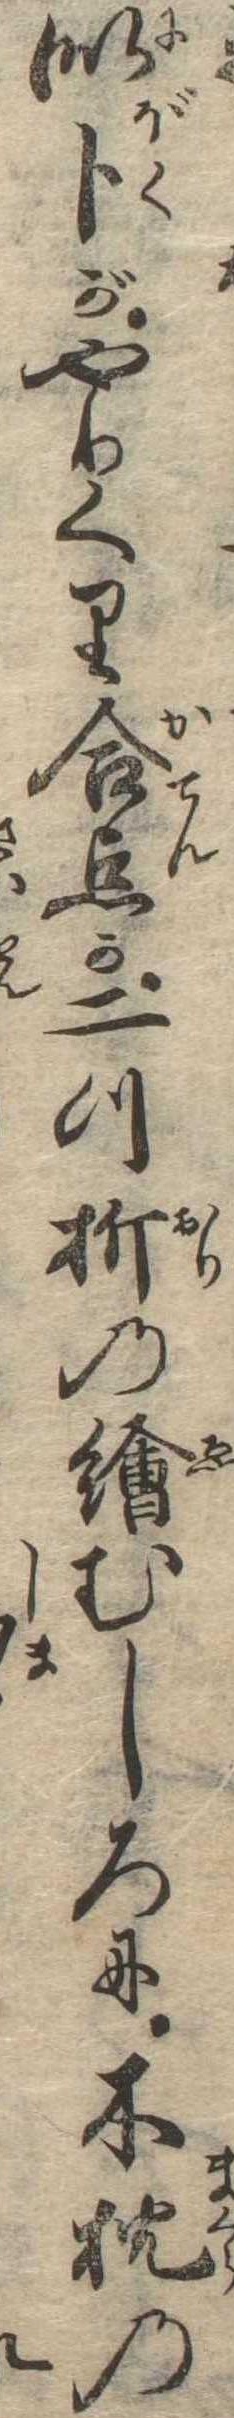
似木がやりくり合点か二つ折の絵むしろに木枕の